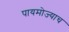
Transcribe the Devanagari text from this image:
पायमोज्याच